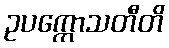
ဥပက္ကောသတီတိ